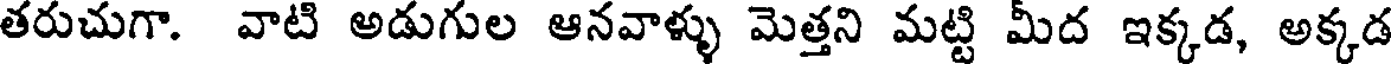
తరుచుగా. వాటి అడుగుల ఆనవాళ్ళు మెత్తని మట్టి మీద ఇక్కడ, అక్కడ